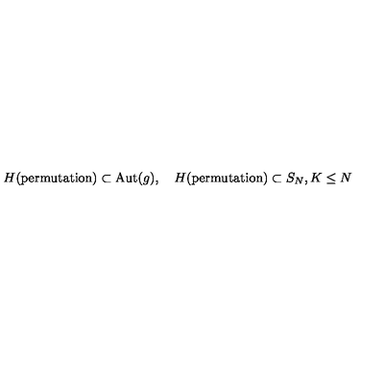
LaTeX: H ( \mathrm { p e r m u t a t i o n } ) \subset \mathrm { A u t } ( g ) , \quad H ( \mathrm { p e r m u t a t i o n } ) \subset S _ { N } , K \leq N